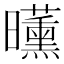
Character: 𣌕